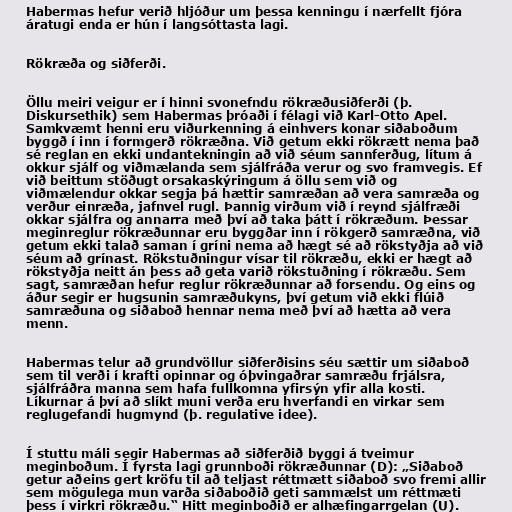
Habermas hefur verið hljóður um þessa kenningu í nærfellt fjóra
áratugi enda er hún í langsóttasta lagi.

Rökræða og siðferði.

Öllu meiri veigur er í hinni svonefndu rökræðusiðferði (þ.
Diskursethik) sem Habermas þróaði í félagi við Karl-Otto Apel.
Samkvæmt henni eru viðurkenning á einhvers konar siðaboðum
byggð í inn í formgerð rökræðna. Við getum ekki rökrætt nema það
sé reglan en ekki undantekningin að við séum sannferðug, lítum á
okkur sjálf og viðmælanda sem sjálfráða verur og svo framvegis. Ef
við beittum stöðugt orsakaskýringum á öllu sem við og
viðmælendur okkar segja þá hættir samræðan að vera samræða og
verður einræða, jafnvel rugl. Þannig virðum við í reynd sjálfræði
okkar sjálfra og annarra með því að taka þátt í rökræðum. Þessar
meginreglur rökræðunnar eru byggðar inn í rökgerð samræðna, við
getum ekki talað saman í gríni nema að hægt sé að rökstyðja að við
séum að grínast. Rökstuðningur vísar til rökræðu, ekki er hægt að
rökstyðja neitt án þess að geta varið rökstuðning í rökræðu. Sem
sagt, samræðan hefur reglur rökræðunnar að forsendu. Og eins og
áður segir er hugsunin samræðukyns, því getum við ekki flúið
samræðuna og siðaboð hennar nema með því að hætta að vera
menn.

Habermas telur að grundvöllur siðferðisins séu sættir um siðaboð
sem til verði í krafti opinnar og óþvingaðrar samræðu frjálsra,
sjálfráðra manna sem hafa fullkomna yfirsýn yfir alla kosti.
Líkurnar á því að slíkt muni verða eru hverfandi en virkar sem
reglugefandi hugmynd (þ. regulative idee).

Í stuttu máli segir Habermas að siðferðið byggi á tveimur
meginboðum. Í fyrsta lagi grunnboði rökræðunnar (D): „Siðaboð
getur aðeins gert kröfu til að teljast réttmætt siðaboð svo fremi allir
sem mögulega mun varða siðaboðið geti sammælst um réttmæti
þess í virkri rökræðu.“ Hitt meginboðið er alhæfingarrgelan (U).